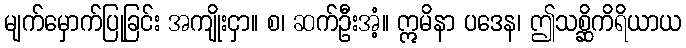
မျက်မှောက်ပြုခြင်း အကျိုးငှာ။ စ၊ ဆက်ဦးအံ့။ ဣမိနာ ပဒေန၊ ဤသစ္ဆိကိရိယာယ